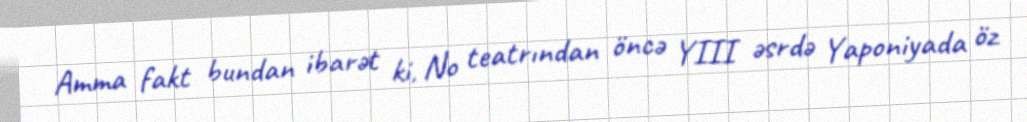
Amma fakt bundan ibarət ki, No teatrından öncə YIII əsrdə Yaponiyada öz